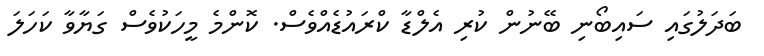
ބަދަލުގައި ސައިބޯނި ބޭނުން ކުރި އެލްޑާ ކްރައުޑެއްވެސް. ކޮންމެ މީހަކުވެސް ގަޔާވާ ކަހަލަ